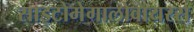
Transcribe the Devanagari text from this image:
साइटोमेगालोवायरस